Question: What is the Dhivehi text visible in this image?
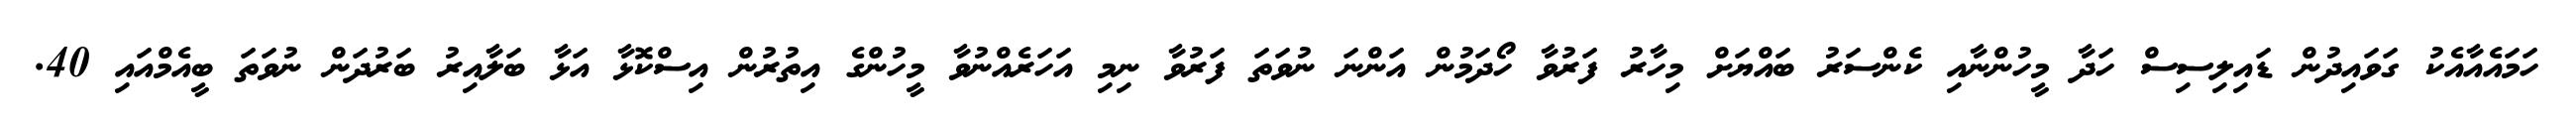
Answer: ހަމައެއާއެކު ގަވައިދުން ޑައިލިސިސް ހަދާ މީހުންނާއި ކެންސަރު ބައްޔަށް މިހާރު ފަރުވާ ހޯދަމުން އަންނަ ނުވަތަ ފަރުވާ ނިމި އަހަރެއްނުވާ މީހުންގެ އިތުރުން އިސްކޮޅާ އަޅާ ބަލާއިރު ބަރުދަން ނުވަތަ ބީއެމްއައި 40.